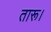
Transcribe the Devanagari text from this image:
तारू।